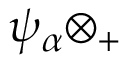
\psi _ { \alpha } \otimes _ { + }